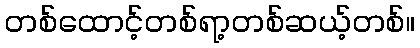
တစ်ထောင့်တစ်ရာ့တစ်ဆယ့်တစ်။